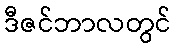
ဒီဇင်ဘာလတွင်